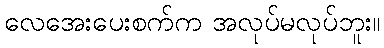
လေအေးပေးစက်က အလုပ်မလုပ်ဘူး။